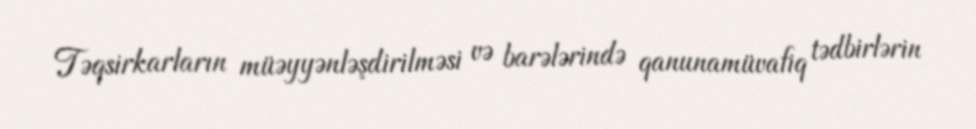
Təqsirkarların müəyyənləşdirilməsi və barələrində qanunamüvafiq tədbirlərin